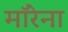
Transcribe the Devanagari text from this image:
मॉरेना